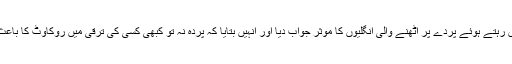
ایسے میں چند خواتین نے چادر و چار دیواری میں رہتے ہوئے پردے پر اٹھنے والی انگلیوں کا موثر جواب دیا اور انہیں بتایا کہ پردہ نہ تو کبھی کسی کی ترقی میں روکاوٹ کا باعث بنا اور نہ وہ کسی دباﺅ کے تحت پردہ کرتی ہیں۔